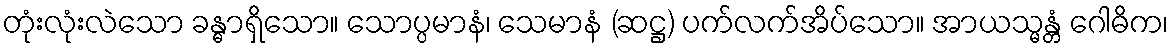
တုံးလုံးလဲသော ခန္ဓာရှိသော။ သောပ္ပမာနံ၊ သေမာနံ (ဆဋ္ဌ) ပက်လက်အိပ်သော။ အာယသ္မန္တံ ဂေါဓိက၊